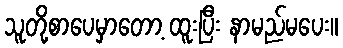
သူတို့စာပေမှာတော့ ထူးပြီး နာမည်မပေး။